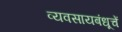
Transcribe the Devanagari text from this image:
व्यवसायबंधूचें